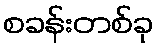
စခန်းတစ်ခု